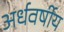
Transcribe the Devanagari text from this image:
अर्धवर्षीय